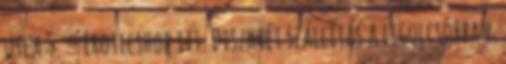
utca 5. – Eroticshop itt. Diszkrét szállítás a legolcsóbban.